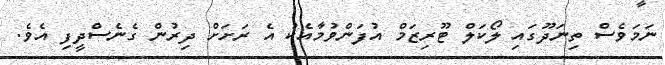
ނަމަވެސް ތިނަދޫގައި ލޯކަލް ޓޫރިޒަމް އުފަންވުމާއެކު އެ ރަށަށް ދިރުން ގެނެސްދީފި އެވެ.